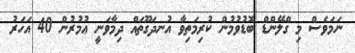
ނަމަވެސް މި ގްލޭންޑް ބޮޑުވުމުން ކުރިމަތިވާ އުނދަގޫތައް ދިމާވަނީ ޢުމުރުން 40 އަހަރު